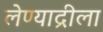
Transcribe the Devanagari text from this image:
लेण्याद्रीला